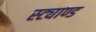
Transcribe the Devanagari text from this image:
स्ट्याण्ड